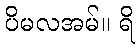
ပိမလအမ်။ ရိ